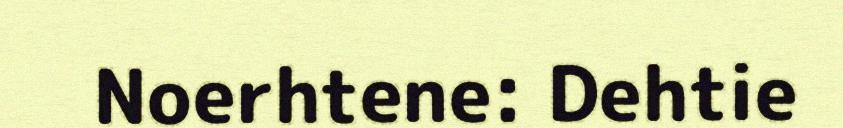
Noerhtene: Dehtie